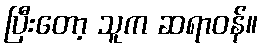
ပြီးတော့ သူက ဆရာဝန်။